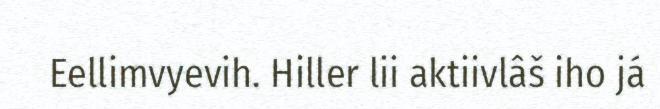
Eellimvyevih. Hiller lii aktiivlâš iho já